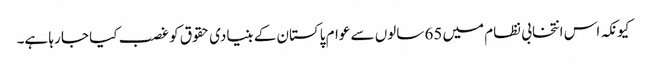
کیونکہ اس انتخابی نظام میں 65 سالوں سے عوام پاکستان کے بنیادی حقوق کو غصب کیا جا رہا ہے۔